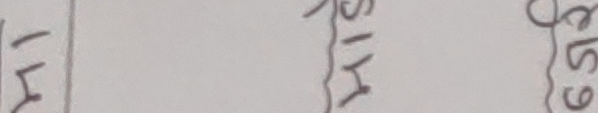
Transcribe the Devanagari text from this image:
१५ २१५ ६५९